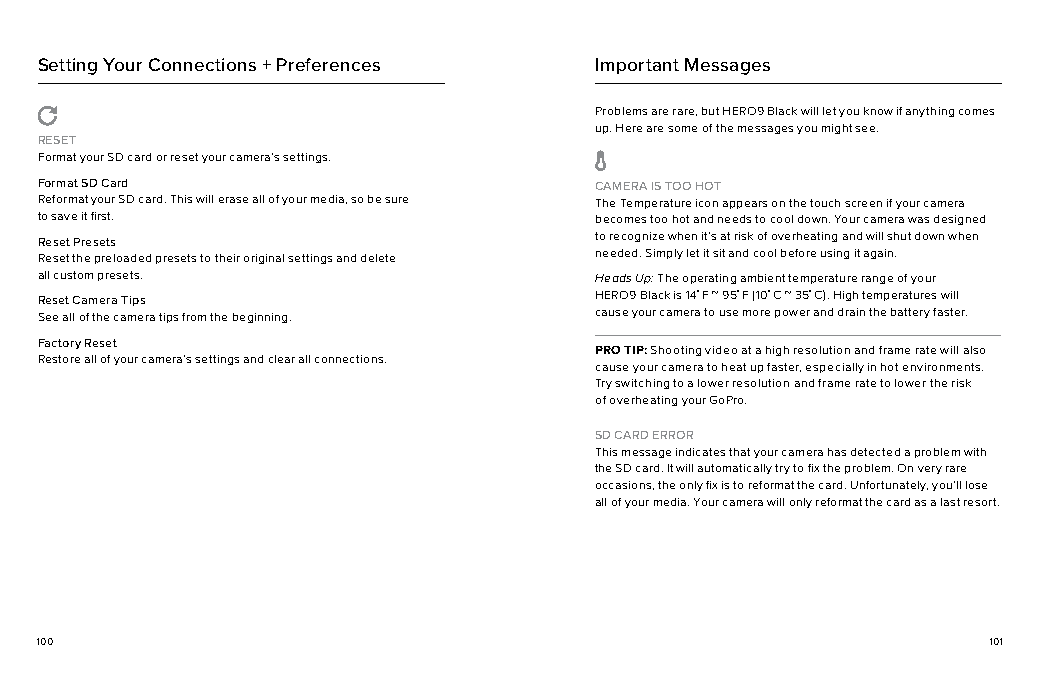
Setting Your Connections + Preferences Important Messages
 Problems are rare, but HERO9 Black will let you know if anything comes
 up. Here are some of the messages you might see.
 RESET
 Format your SD card or reset your camera’s settings.
 Format SD Card                       CAMERA IS TOO HOT
 Reformat your SD card. This will erase all of your media, so be sure The Temperature icon appears on the touch screen if your camera
 to save it first.                    becomes too hot and needs to cool down. Your camera was designed
 Reset Presets                        to recognize when it’s at risk of overheating and will shut down when
 Reset the preloaded presets to their original settings and delete needed. Simply let it sit and cool before using it again.
 all custom presets.                  Heads Up: The operating ambient temperature range of your
 Reset Camera Tips                    HERO9 Black is 14° F ~ 95° F (10° C ~ 35° C). High temperatures will
 See all of the camera tips from the beginning. cause your camera to use more power and drain the battery faster.
 Factory Reset
 PRO TIP: Shooting video at a high resolution and frame rate will also
 Restore all of your camera’s settings and clear all connections.
 cause your camera to heat up faster, especially in hot environments.
 Try switching to a lower resolution and frame rate to lower the risk
 of overheating your GoPro.
 SD CARD ERROR
 This message indicates that your camera has detected a problem with
 the SD card. It will automatically try to fix the problem. On very rare
 occasions, the only fix is to reformat the card. Unfortunately, you’ll lose
 all of your media. Your camera will only reformat the card as a last resort.
 100                                                             101